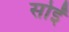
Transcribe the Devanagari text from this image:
सोईं